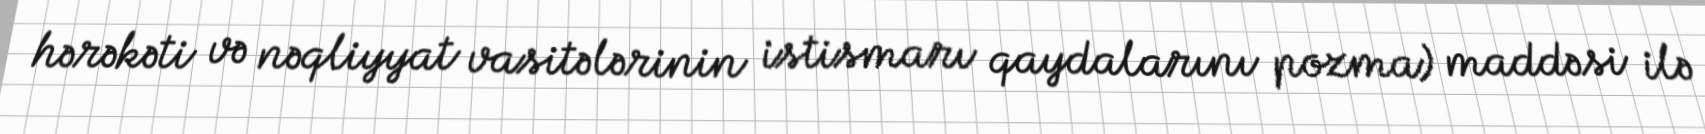
hərəkəti və nəqliyyat vasitələrinin istismarı qaydalarını pozma) maddəsi ilə